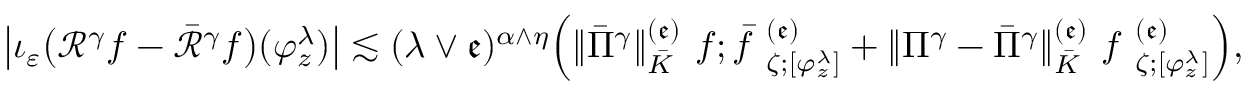
\bigl | \iota _ { \varepsilon } \bigl ( \mathcal { R } ^ { \gamma } f - \bar { \mathcal { R } } ^ { \gamma } f \bigr ) ( \varphi _ { z } ^ { \lambda } ) \bigr | \lesssim ( \lambda \vee \mathfrak { e } ) ^ { \alpha \wedge \eta } \Big ( \Vert \bar { \Pi } ^ { \gamma } \Vert _ { \bar { K } } ^ { ( \mathfrak { e } ) } \ f ; \bar { f } \ _ { \zeta ; [ \varphi _ { z } ^ { \lambda } ] } ^ { ( \mathfrak { e } ) } + \Vert \Pi ^ { \gamma } - \bar { \Pi } ^ { \gamma } \Vert _ { \bar { K } } ^ { ( \mathfrak { e } ) } \ f \ _ { \zeta ; [ \varphi _ { z } ^ { \lambda } ] } ^ { ( \mathfrak { e } ) } \Big ) ,